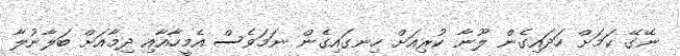
ނޭގޭ ކަމަށް ހަދައިގެން ލޫނާ ކުރިއަށް ހިނގައިގެން ނަމަވެސް އެމީހާއާއި ދިމާއަށް ބަލާނުލާ